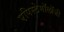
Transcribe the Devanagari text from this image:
एपिस्टेमॉलॉजी